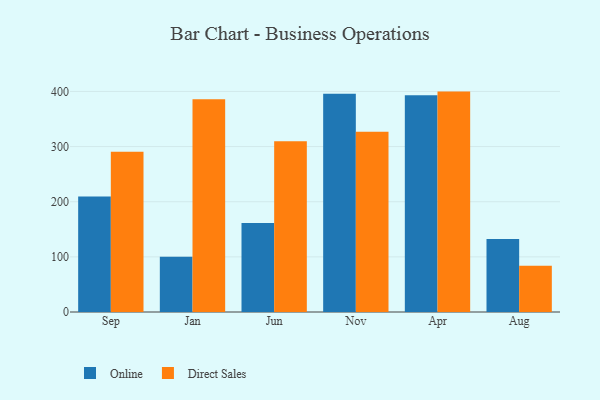
{"axis": {"x": "Month", "y": "Headcount"}, "legend": ["Direct Sales", "Online"], "data": [{"x": "Sep", "y": 209.6, "type": "Online"}, {"x": "Sep", "y": 290.8, "type": "Direct Sales"}, {"x": "Jan", "y": 100.4, "type": "Online"}, {"x": "Jan", "y": 386.0, "type": "Direct Sales"}, {"x": "Jun", "y": 161.2, "type": "Online"}, {"x": "Jun", "y": 309.8, "type": "Direct Sales"}, {"x": "Nov", "y": 395.7, "type": "Online"}, {"x": "Nov", "y": 326.7, "type": "Direct Sales"}, {"x": "Apr", "y": 393.3, "type": "Online"}, {"x": "Apr", "y": 399.7, "type": "Direct Sales"}, {"x": "Aug", "y": 132.4, "type": "Online"}, {"x": "Aug", "y": 83.7, "type": "Direct Sales"}]}